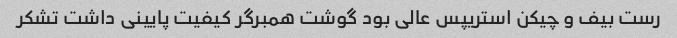
رست بیف و چیکن استریپس عالی بود گوشت همبرگر کیفیت پایینی داشت تشکر